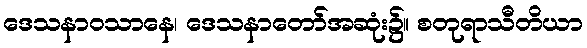
ဒေသနာဝသာနေ၊ ဒေသနာတော်အဆုံး၌။ စတုရာသီတိယာ